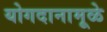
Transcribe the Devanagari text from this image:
योगदानामूळे